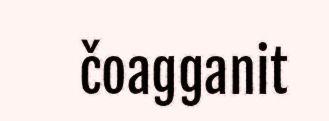
čoagganit